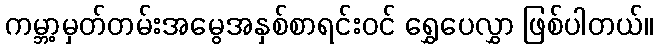
ကမ္ဘာ့မှတ်တမ်းအမွေအနှစ်စာရင်းဝင် ရွှေပေလွှာ ဖြစ်ပါတယ်။